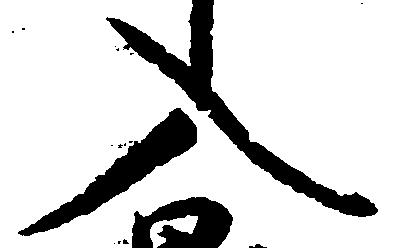
入